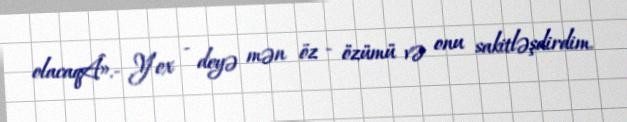
olacaqÂ».- Yox - deyə mən öz - özümü və onu sakitləşdirdim.